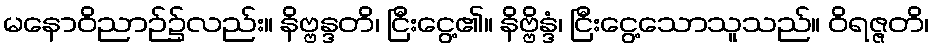
မနောဝိညာဉ်၌လည်း။ နိဗ္ဗန္ဒတိ၊ ငြီးငွေ့၏။ နိဗ္ဗိန္ဒံ၊ ငြီးငွေ့သောသူသည်။ ဝိရဇ္ဇတိ၊